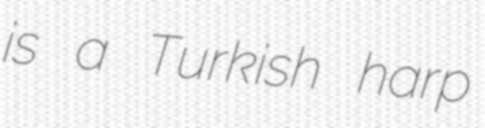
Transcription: is a Turkish harp